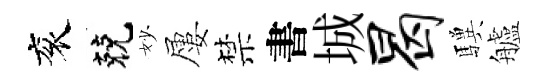
衮兢妙屢禁書城曷驥艫